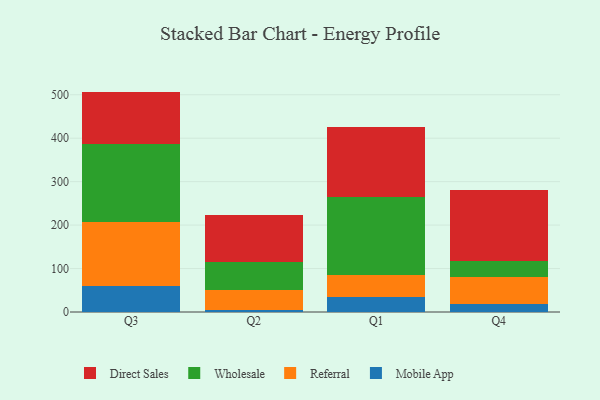
{"axis": {"x": "Quarter", "y": "Tickets Resolved"}, "legend": ["Direct Sales", "Mobile App", "Referral", "Wholesale"], "data": [{"x": "Q3", "y": 59.1, "type": "Mobile App"}, {"x": "Q3", "y": 146.9, "type": "Referral"}, {"x": "Q3", "y": 179.7, "type": "Wholesale"}, {"x": "Q3", "y": 121.5, "type": "Direct Sales"}, {"x": "Q2", "y": 5.4, "type": "Mobile App"}, {"x": "Q2", "y": 45.9, "type": "Referral"}, {"x": "Q2", "y": 62.7, "type": "Wholesale"}, {"x": "Q2", "y": 109.1, "type": "Direct Sales"}, {"x": "Q1", "y": 34.6, "type": "Mobile App"}, {"x": "Q1", "y": 51.6, "type": "Referral"}, {"x": "Q1", "y": 177.4, "type": "Wholesale"}, {"x": "Q1", "y": 162.5, "type": "Direct Sales"}, {"x": "Q4", "y": 18.0, "type": "Mobile App"}, {"x": "Q4", "y": 63.3, "type": "Referral"}, {"x": "Q4", "y": 36.8, "type": "Wholesale"}, {"x": "Q4", "y": 161.9, "type": "Direct Sales"}]}